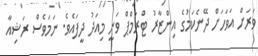
ވަރަށް އަވަހަށް ދޭނެކަމުގެ އިންޒާރު ޓްރަމްޕް ވަނީ މިއަދު ދީފައެވެ. ނަމަވެސް ރަޝިއާ